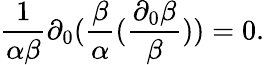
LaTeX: \frac{1}{\alpha\beta}\partial_{0}(\frac{\beta}{\alpha}(\frac{\partial_{0}\beta}{\beta}))=0.